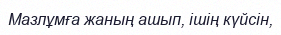
Мазлұмға жаның ашып, ішің күйсін,